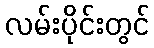
လမ်းပိုင်းတွင်